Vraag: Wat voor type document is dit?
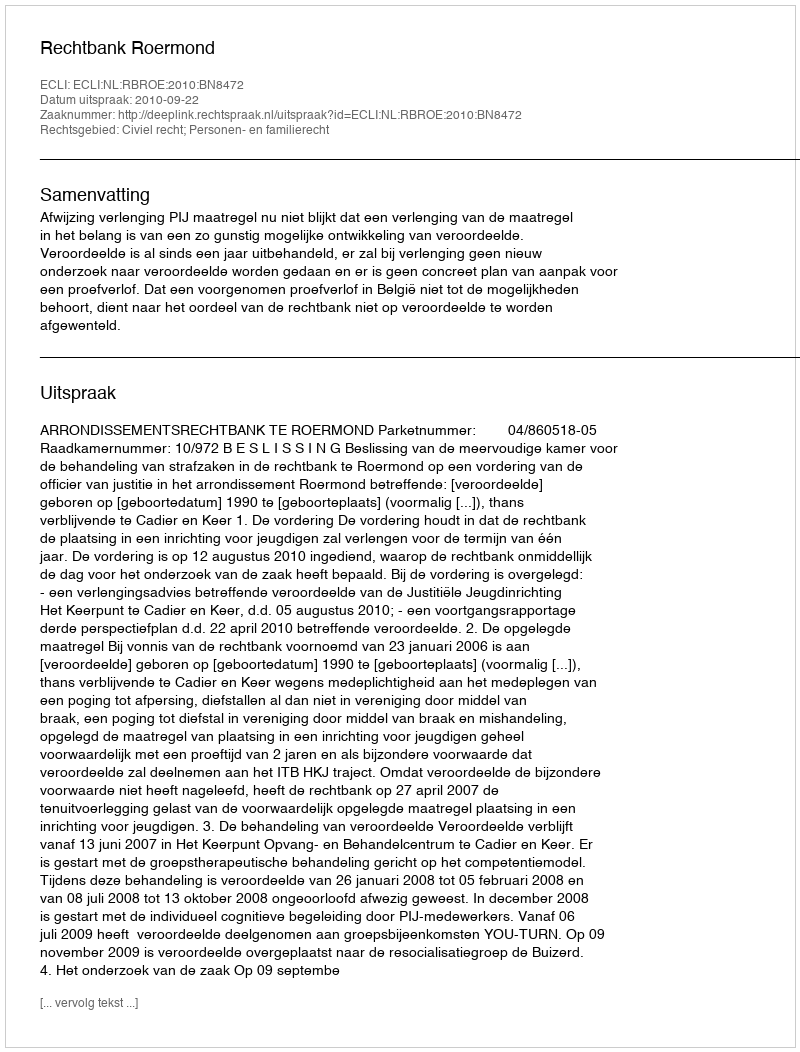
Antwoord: Uitspraak